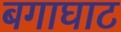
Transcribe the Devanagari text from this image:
बगाघाट